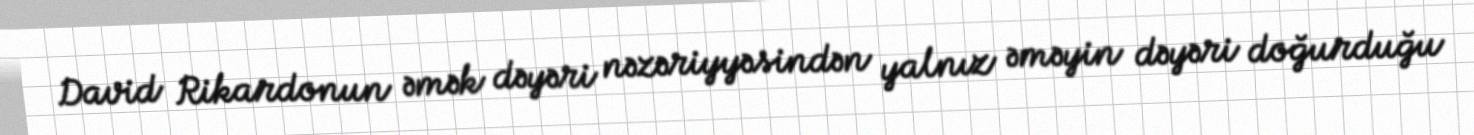
David Rikardonun əmək dəyəri nəzəriyyəsindən yalnız əməyin dəyəri doğurduğu